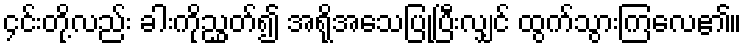
၄င်းတို့လည်း ခါးကိုညွှတ်၍ အရိုအသေပြုပြီးလျှင် ထွက်သွားကြလေ၏။